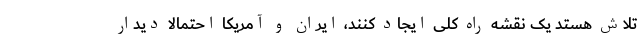
تلاش هستد یک نقشه راه کلی ایجاد کنند، ایران و آمریکا احتمالا دیدار